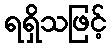
ရရှိသဖြင့်